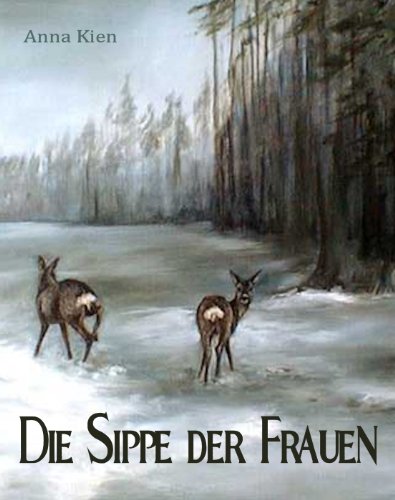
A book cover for Die Sippe der Frauen (Die Steinzeit-Trilogie 3) (German Edition); Anna Kien; Teen & Young Adult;